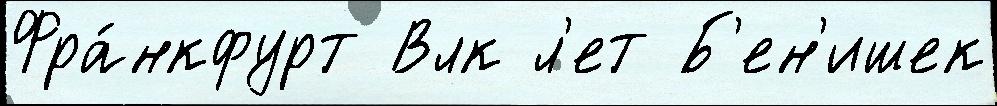
Фра́нкфурт Влк л'ет Б'ен'ишек